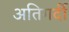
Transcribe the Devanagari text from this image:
अतिगर्दी